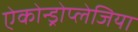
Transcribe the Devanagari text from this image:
ऐकोन्ड्रोप्लेजिया